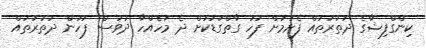
ކިންގްފިޝާގެ ދަތުރުތައް ފެށުމަށް ފަހު ގާތްގަޑަކަށް ދެ މަހެއްހާ ދުވަސް ފަހުން ދަތުރުތައް